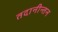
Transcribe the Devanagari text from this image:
तदानीन्तन